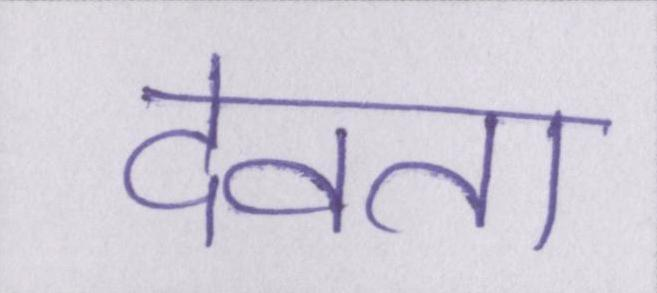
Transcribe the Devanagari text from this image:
देवता